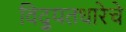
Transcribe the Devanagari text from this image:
विद्युतधारेचे